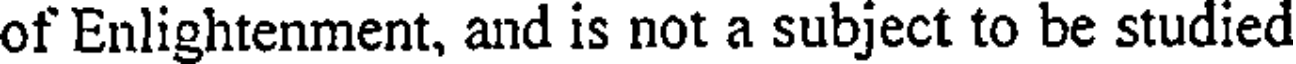
of Enlightenment, and is not a subject to be studied